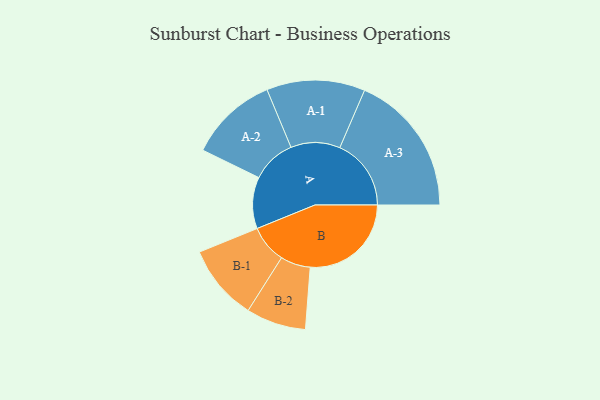
{"axis": {"x": "Segment", "y": "Value"}, "legend": ["", "A", "B"], "data": [{"x": "A", "y": 198, "type": ""}, {"x": "B", "y": 388, "type": ""}, {"x": "A-1", "y": 189, "type": "A"}, {"x": "A-2", "y": 170, "type": "A"}, {"x": "A-3", "y": 274, "type": "A"}, {"x": "B-1", "y": 146, "type": "B"}, {"x": "B-2", "y": 115, "type": "B"}]}